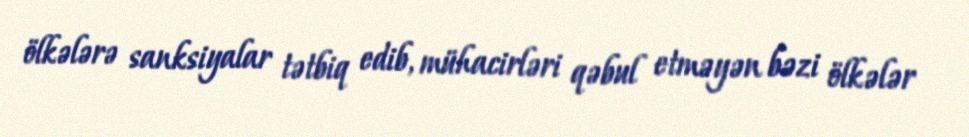
ölkələrə sanksiyalar tətbiq edib, mühacirləri qəbul etməyən bəzi ölkələr